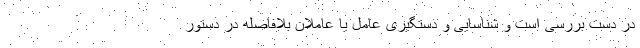
در دست بررسی است و شناسایی و دستگیری عامل یا عاملان بلافاصله در دستور